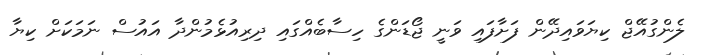
ލެންގުއޭޖް ކިޔަވައިދޭން ފަށާފައި ވަނީ ޖޯޑަންގެ ހިސާބެއްގައި ދިރިއުޅެމުންދާ އައުސް ނަމަކަށް ކިޔާ